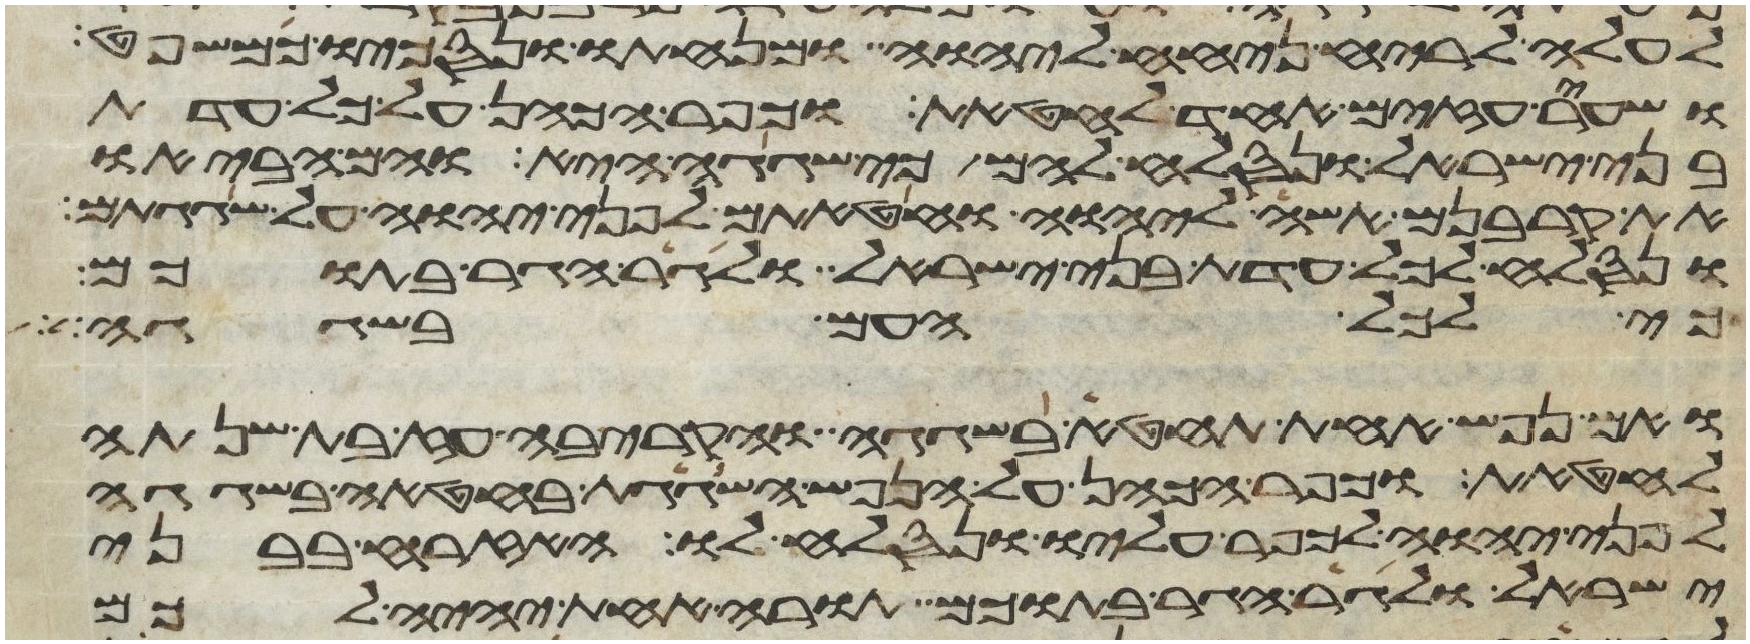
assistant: לעלה לריח ניחח ליהוה ומנחתו ונסכו כמשפט
ושעיר עזים אחד לחטאת וכפר הכהן על כל עדת
בני ישראל ונסלח להם כי שגגה היא והם הביאו
את קרבנם אשה ליהוה וחטאתם לפני יהוה על שגגתם
ונסלח לכל עדת בני ישראל ולגר הגר בתוכם
כי לכל העם בשגגה
ואם נפש אחת תחטא בשגגה והקריבה עז בת שנתה
לחטאת וכפר הכהן על הנפש השגגת בחטאה בשגגה
לפני יהוה לכפר עליו ונסלח לו האזרח בבני
ישראל ולגר הגר בתוכם תורה אחת יהיה לכם